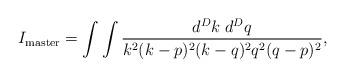
LaTeX: \begin{align*}I_{\rm master}=\int\int\frac{d^{D}k\;d^{D}q}{k^{2}(k-p)^{2}(k-q)^{2}q^{2}(q-p)^{2}},\end{align*}